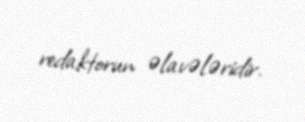
redaktorun əlavələridir.